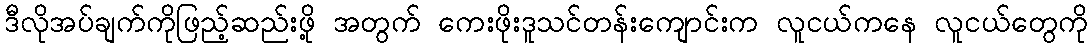
ဒီလိုအပ်ချက်ကိုဖြည့်ဆည်းဖို့ အတွက် ကေးဖိုးဒူသင်တန်းကျောင်းက လူငယ်ကနေ လူငယ်တွေကို